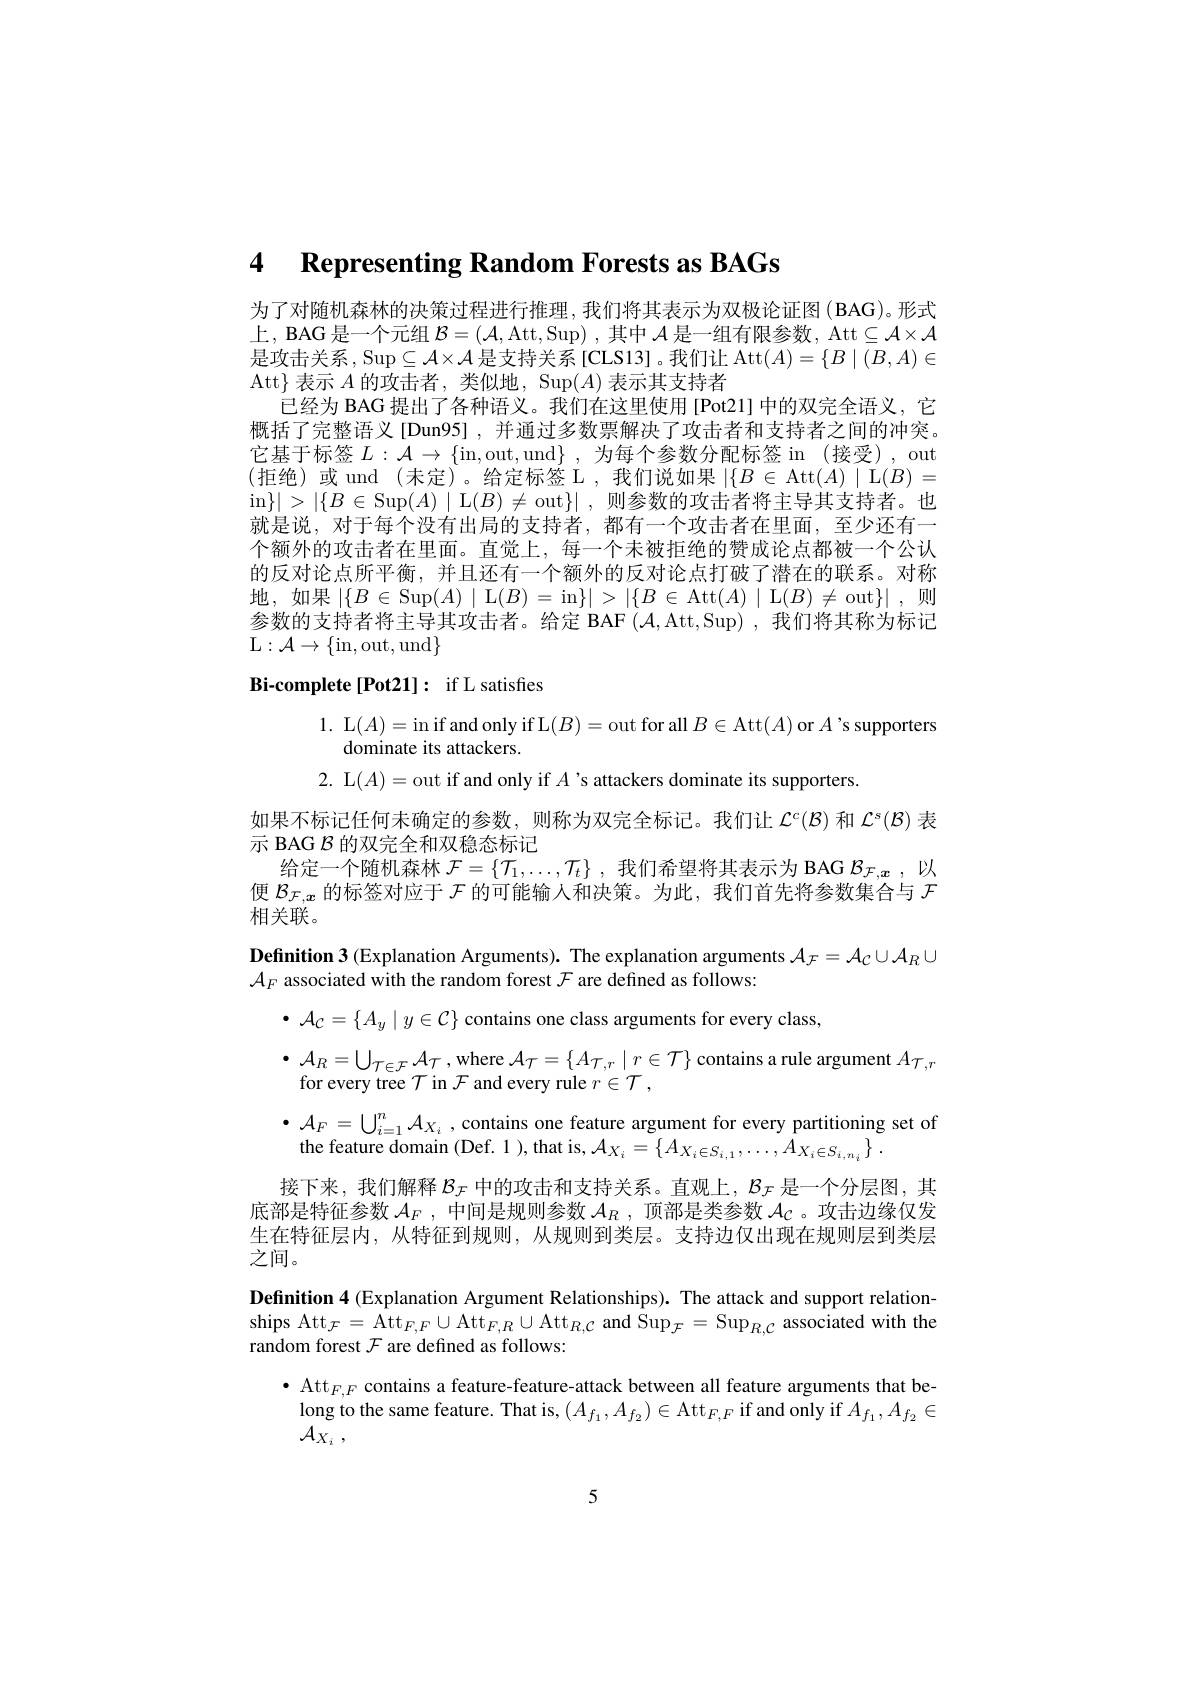
4 $\textbf{Representing Random Forests as BAGs}$

为了对随机森林的决策过程进行推理，我们将其表示为双极论证图(BAG)。形式上，BAG 是一个元组$\mathcal{B} = \left ( \mathcal{A} , \mathrm{Att}, \mathrm{Sup}\right ) $,其中$\mathcal{A}$是一组有限参数，Att$\subseteq\mathcal{A}\times\mathcal{A}$ 是攻击关系，Sup$\subseteq\mathcal{A}\times\mathcal{A}$是支持关系[CLS13]。我们让 Att$(A)=\{B\mid(B,A)\in$ Att$\}$表示$A$的攻击者，类似地，Sup$(A)$表示其支持者
已经为 BAG 提出了各种语义。我们在这里使用 [Pot21] 中的双完全语义，它概括了完整语义[Dun95] ,并通过多数票解决了攻击者和支持者之间的冲突。它基于标签$L:\mathcal{A}\to\{$in,out,und$\}$,为每个参数分配标签 in (接受),out (拒绝)或 und(未定)。给定标签 L,我们说如果$|\{B\in$Att$(A)\mid$L$(B)=$ in$\} | > | \{ B\in$Sup$(A)\mid\mathcal{L}(B)\neq$out$\}|$,则参数的攻击者将主导其支持者。也就是说，对于每个没有出局的支持者，都有一个攻击者在里面，至少还有一个额外的攻击者在里面。直觉上，每一个未被拒绝的赞成论点都被一个公认的反对论点所平衡，并且还有一个额外的反对论点打破了潜在的联系。对称地，如果$\left|\{B\in\operatorname{Sup}(A)\mid\mathcal{L}(B)=\operatorname{in}\}\right|>\left|\{B\in\operatorname{Att}(A)\mid\mathcal{L}(B)\neq\operatorname{out}\}\right|$,则参数的支持者将主导其攻击者。给定 BAF $(\mathcal{A}$,Att,Sup) ,我们将其称为标记$\mathcal{L}:\mathcal{A}\to\{$in,out,und$\}$

Bi-complete[Pot21]: if L satisfies

1. L$(A)=$in if and only if $\mathcal{L}(B)=$out for all $B\in$Att$(A)$ or $A$'s supporters
dominate its attackers.
2. L(A)= out if and only if $A$ 's attackers dominate its supporters
如果不标记任何未确定的参数，则称为双完全标记。我们让$\mathcal{L}^c(\mathcal{B})$和$\mathcal{L}^s(\mathcal{B})$表
示 BAG $\mathcal{B}$的双完全和双稳态标记
$\begin{aligned}\text{给定一个随机森林}\mathcal{F}&=\{\mathcal{T}_{1},\ldots,\mathcal{T}_{t}\}\:,\text{ 我们希望将其表示为 BAG }\mathcal{B}_{\mathcal{F},x}\:,\text{以}\\\text{便 }\mathcal{B}_{\mathcal{F},x}\text{ 的标签对应于 }\mathcal{F}\text{ 的可能输入和决策。为此，我们首先将参数集合与 }\mathcal{F}\end{aligned}$
相关联。
$\textbf{Definition 3 ( Explanation Arguments) . The explanation arguments }\mathcal{A} _{\mathcal{F} }= \mathcal{A} _{\mathcal{C} }\cup \mathcal{A} _{R}\cup$
$\mathcal{A}_F$ associated with the random forest $\mathcal{F}$ are defined as follows:
$\bullet$ $\mathcal{A} _C= \{ A_y\mid y\in \mathcal{C} \}$ contains one class arguments for every class,
$\bullet$ $\mathcal{A} _{R}= \bigcup _{\mathcal{T} \in \mathcal{F} }\mathcal{A} _{\mathcal{T} }$ ,where $\mathcal{A}_\mathcal{T}=\{A_{\mathcal{T},r}\mid r\in\mathcal{T}\}$ contains a rule argument $A_\mathcal{T},r$
for every tree $\mathcal{T}$ in $\mathcal{F}$ and every rule $r\in\mathcal{T}$,
$\bullet {\mathcal{A} }_{F}= \bigcup _{i= 1}^{n}{\mathcal{A} }_{X_{i}}$ ,contains one feature argument for every partitioning set of
the feature domain (Def. 1 ), that is, $\mathcal{A}_X_i=\{A_{X_i\in S_{i,1}},\ldots,A_{X_i\in S_{i,n_i}}\}\:.$
接下来，我们解释$\mathcal{B}_\mathcal{F}$中的攻击和支持关系。直观上，$\mathcal{B}_\mathcal{F}$是一个分层图，其底部是特征参数$\mathcal{A}_F$,中间是规则参数$\mathcal{A}_R$,顶部是类参数$\mathcal{A}_C$ 。攻击边缘仅发生在特征层内，从特征到规则，从规则到类层。支持边仅出现在规则层到类层$\overline{\text{之间。}}$
Definition 4 (Explanation Argument Relationships). The attack and support relationships Att$_\mathcal{F}=$Att$_F,F\cup\mathrm{Att}_{F,R}\cup\mathrm{Att}_{R,\mathcal{C}}$ and Sup$_\mathcal{F}=$Sup$_R,\mathcal{C}$ associated with the random forest $\mathcal{F}$ are defined as follows:
$\begin{array}{ll}\bullet&\mathrm{Att}_{F,F}\text{contains a feature-feature-attack between all feature arguments that be-}\\&\mathrm{long~to~the~same~feature.~That~is,~}(A_{f_1},A_{f_2})\in\mathrm{Att}_{F\cdot F}\text{if and only if }A_{f_1},A_{f_2}\in\end{array}$
$\mathcal{A} _{X_i}$ ,
5